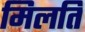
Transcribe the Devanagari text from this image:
मिलति